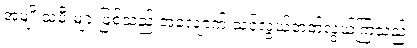
အမျိုးသမီးများဖြစ်သည့် အလျောက် သင်လွယ်တတ်လွယ်ကြသည်။